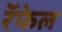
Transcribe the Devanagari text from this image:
रॅफेल